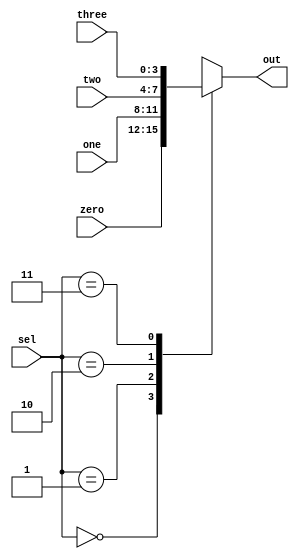
//////////////////////////////////////////////////////////////////////////////////
// Company: 
// 
// Design Name: 
// Module Name: smallmux
// Project Name: proto_sort
// Target Devices: 
// Tool Versions: 
// Description: 
// 
// Dependencies: 
// 
// Revision:
// Revision 0.01 - File Created
// Additional Comments:
// 
//////////////////////////////////////////////////////////////////////////////////


module smallmux(
	input [3:0] zero, one, two, three,
	input [1:0] sel,
	output reg [3:0] out

    );

always@(*) begin
	case (sel)
		2'b00: out=zero;
		2'b01: out=one;
		2'b10: out=two;
		2'b11: out=three;
	endcase
end

endmodule